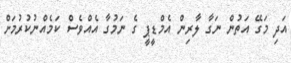
އަދި މަގޭ އަތުން ނަގާ ލާރިން އެމްޑީޕީ ގެ ނަމުގާ އެއްވެސް ކަމެއްނުކުރުމަށް